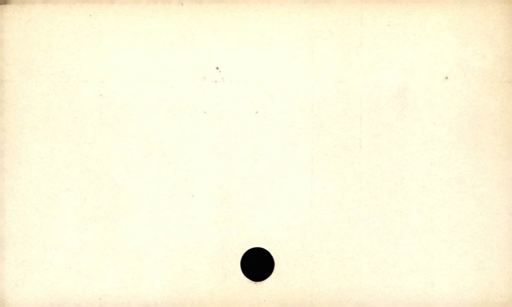
Label: blank